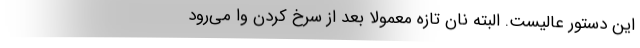
این دستور عالیست. البته نان تازه معمولا بعد از سرخ کردن وا می‌رود